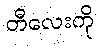
တီလေးကို